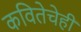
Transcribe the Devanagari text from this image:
कवितेचेही